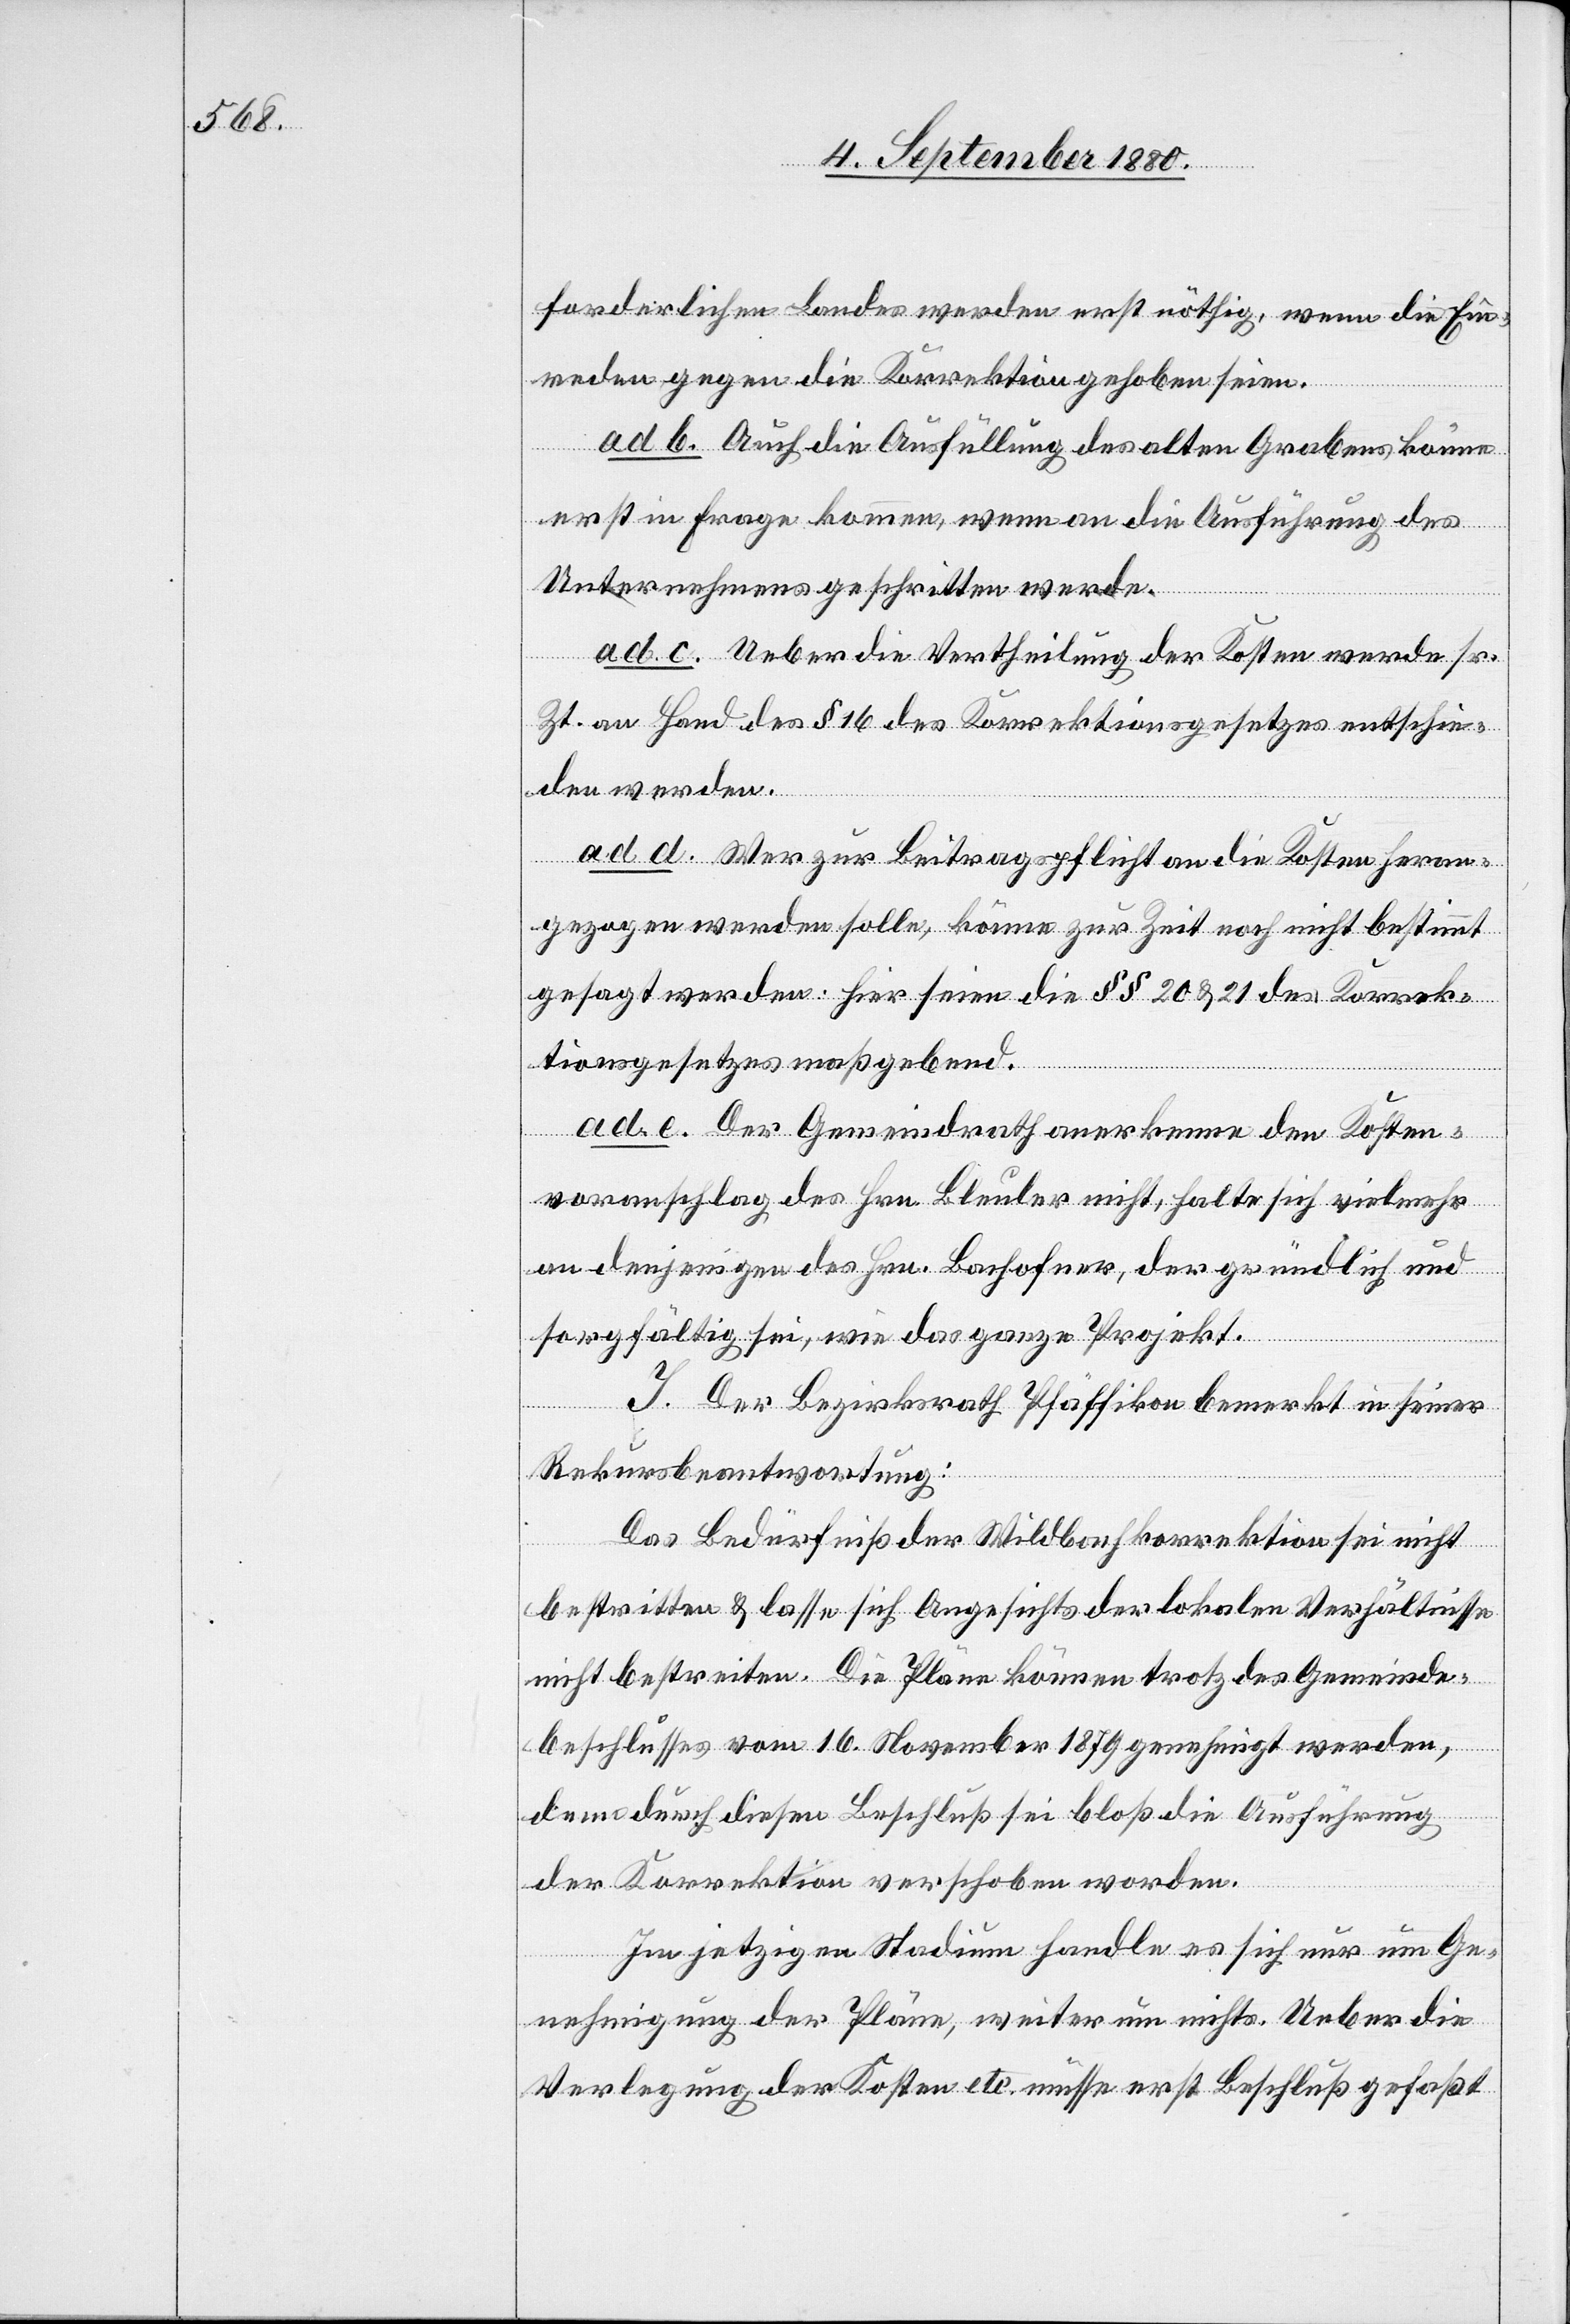
forderlichen Baches werden erst nöthig, wenn die Ein¬
reden gegen die Korrektion gehoben seien.
ad b. Auch die Ausfüllung des alten Grabens könne
erst in Frage kommen, wenn an die Ausführung des
Unternehmens geschritten wurde.
ad c. Ueber die Vertheilung der Kosten werde sr.
Zeit. an Hand des § 16 des Korrektionsgesetzes entschie¬
den werden.
ad d. Wer zur Beitragspflicht an die Kosten heran¬
gezogen werden soll, könne zur Zeit noch nicht bestimmt
gesagt werden. Hier seien die §§ 20 & 21 des Korrek¬
tionsgesetzes maßgebend.
ad e. Der Gemeindrath anerkenne den Kosten¬
voranschlag des Hrn. Bleuler nicht, halte sich vielmehr
an denjenigen des Hrn. Bachofner, der gründlich und
sorgfältig sei, wie das ganze Projekt.
J. Der Bezirksrath Pfäffikon bemerkt in seiner
Rekursbeantwortung:
Das Bedürfniß der Wildbachkorrektion sei nicht
bestritten & lasse sich angesichts der lokalen Verhältnisse
nicht bestreiten. Die Pläne können trotz des Gemeinde¬
beschlusses vom 16. November 1879 genehmigt werden,
denn durch diesen Beschluß sei bloß die Ausführung
der Korrektion verschoben worden.
Im jetzigen Stadium handle es sich nur um Ge¬
nehmigung der Pläne, weiter um nichts. Ueber die
Verlegung der Kosten etc. müsse erst Beschluß gefaßt